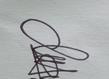
Signature authenticity: genuine